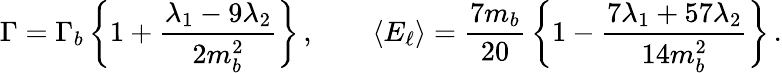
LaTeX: \Gamma=\Gamma_{b}\, \bigg\{ 1+{\frac{\lambda_{1}-9\lambda_{2}}{2m_{b}^{2}}}\bigg\} \, ,\qquad\langle E_{\ell}\rangle={\frac{7m_{b}}{20}}\, \bigg\{ 1-{\frac{7\lambda_{1}+57\lambda_{2}}{14m_{b}^{2}}}\bigg\} \, .